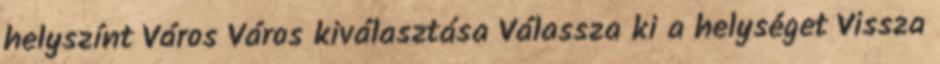
helyszínt Város Város kiválasztása Válassza ki a helységet Vissza